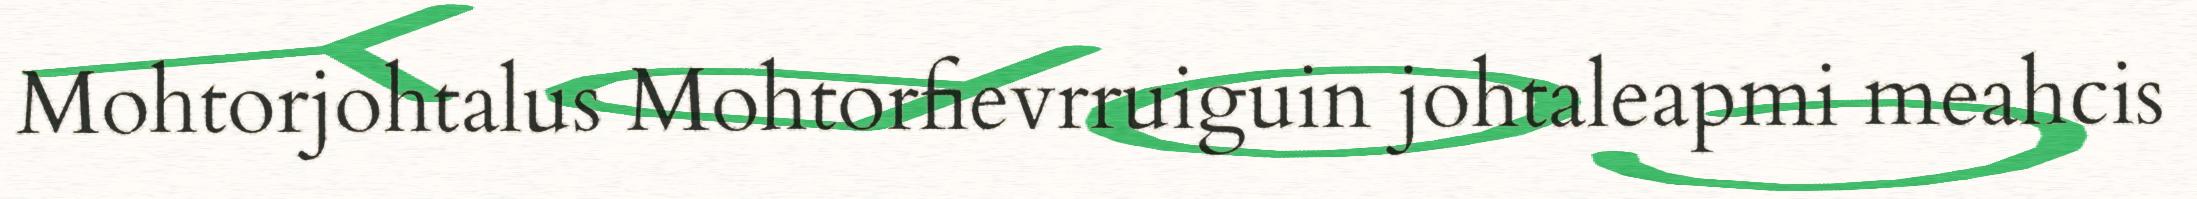
Mohtorjohtalus Mohtorfievrruiguin johtaleapmi meahcis